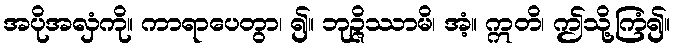
အပိုအလှံကို။ ကာရာပေတွာ၊ ၍။ ဘုဉ္ဇိဿာမိ၊ အံ့။ ဣတိ၊ ဤသို့ကြံ၍။